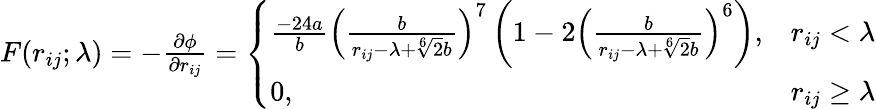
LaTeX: \begin{array}{r}{F(r_{ij};\lambda)=-\frac{\partial\phi}{\partial r_{ij}}=\left\{ \begin{array}{ll}{\frac{-24a}{b}\left(\frac{b}{r_{ij}-\lambda+\sqrt[6]{2}b}\right)^{7}\left(1-2\left(\frac{b}{r_{ij}-\lambda+\sqrt[6]{2}b}\right)^{6}\right),}&{r_{ij}<\lambda}\\ {0,}&{r_{ij}\ge\lambda}\end{array}\right.}\end{array}